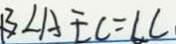
B \angle A E C = \angle C